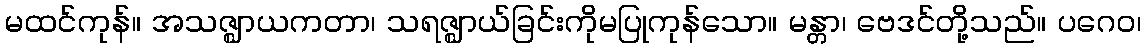
မထင်ကုန်။ အသဇ္ဈာယကတာ၊ သရဇ္ဈာယ်ခြင်းကိုမပြုကုန်သော။ မန္တာ၊ ဗေဒင်တို့သည်။ ပဂေဝ၊